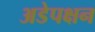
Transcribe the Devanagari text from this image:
अडेपक्षन